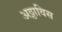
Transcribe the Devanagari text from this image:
अठ्ठाविस